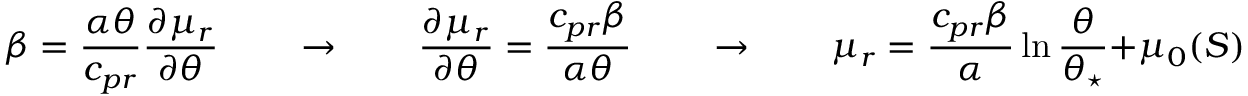
\beta = \frac { \alpha \theta } { c _ { p r } } \frac { \partial \mu _ { r } } { \partial \theta } \qquad \rightarrow \qquad \frac { \partial \mu _ { r } } { \partial \theta } = \frac { c _ { p r } \beta } { \alpha \theta } \qquad \rightarrow \qquad \mu _ { r } = \frac { c _ { p r } \beta } { \alpha } \ln { \frac { \theta } { \theta _ { \star } } } + \mu _ { 0 } ( S )